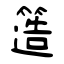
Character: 簉